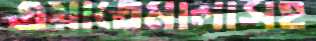
গুয়াতেমালাসহ